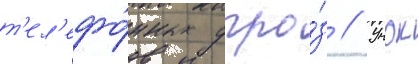
т'ел'ефо́нных угро́з // Учок